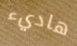
هاديء